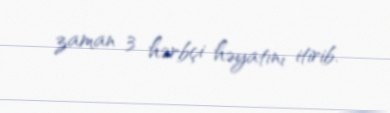
zaman 3 hərbçi həyatını itirib.